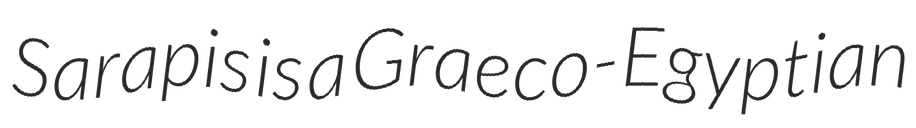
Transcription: Sarapis is a Graeco-Egyptian